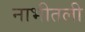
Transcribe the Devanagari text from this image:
नाभीतली